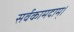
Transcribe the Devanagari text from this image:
सर्वकामदाम्‌।